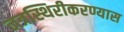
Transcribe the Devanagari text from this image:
नत्रस्थिरीकरण्यास